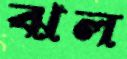
ঝল